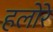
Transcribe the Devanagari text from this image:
हलोरे